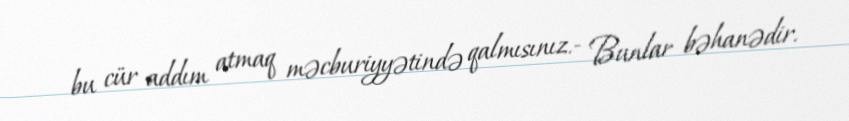
bu cür addım atmaq məcburiyyətində qalmısınız.- Bunlar bəhanədir.